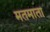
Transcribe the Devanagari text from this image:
मतमाता